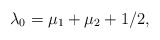
\begin{align*} \lambda_0=\mu_1+\mu_2+1/2,\end{align*}